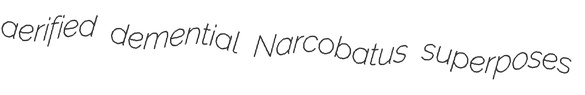
aerified demential Narcobatus superposes